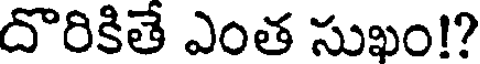
దొరికితే ఎంత సుఖం!?